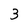
Character: 3